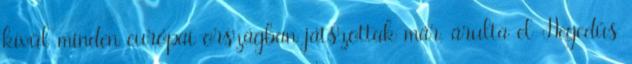
kívül minden európai országban játszottak már, árulta el Hegedűs